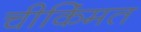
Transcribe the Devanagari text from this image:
चीकिंमत